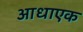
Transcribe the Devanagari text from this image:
आधाएक